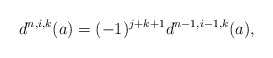
\begin{align*}d^{n,i,k}(a)=(-1)^{j+k+1} d^{n-1, i-1,k}(a),\end{align*}